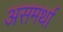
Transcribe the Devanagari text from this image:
असमर्था